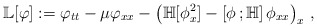
\begin{align*}\mathbb L[\varphi]:=\varphi_{tt}-\mu\varphi_{xx}-\left(\mathbb H[\phi^2_x]-\left[\phi\,;\mathbb H\right]\phi_{xx}\right)_{x}\,,\end{align*}